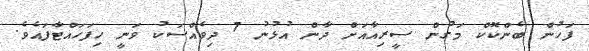
ފަހުން ބެންކޮކް މަގުން ސީރިއާއަށް ދާން އުޅުނު 7 ދިވެއްސަކު ވަނީ ހިފަހައްޓާފައެވެ.